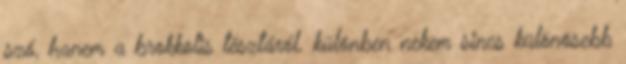
szó, hanem a brokkolis tésztáról. különben nekem sincs különösebb